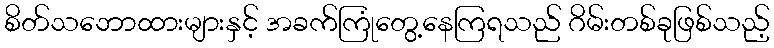
စိတ်သဘောထားများနှင့် အခက်ကြုံတွေ့နေကြရသည် ဂိမ်းတစ်ခုဖြစ်သည့်